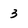
Character: 3